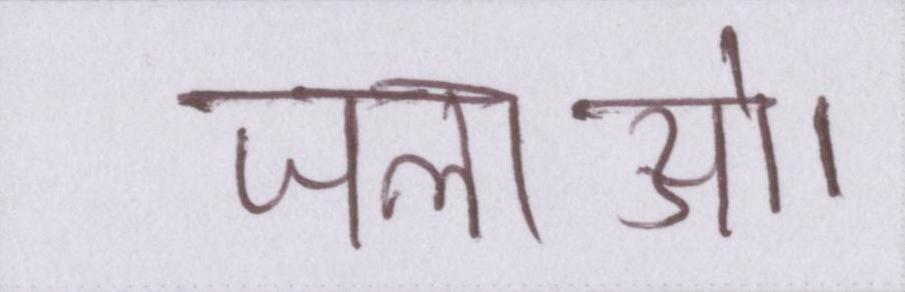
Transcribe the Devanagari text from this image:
जलाओ।